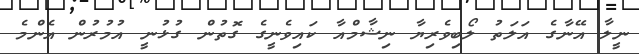
ނީލާ އޭނާގެ އަލަތު ލޯބިވެރިޔާ ނިޝާމްއާ ކައިވެނީގެ ގޮތުން ގުޅުނީ އުމުރުން އެންމެ